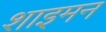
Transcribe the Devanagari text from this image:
शाइमन